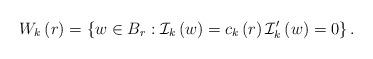
LaTeX: \begin{align*}W_{k}\left( r\right) =\left\{ w\in B_{r}:\mathcal{I}_{k}\left( w\right)=c_{k}\left( r\right) \mathcal{I}_{k}^{\prime}\left( w\right)=0\right\} . \end{align*}